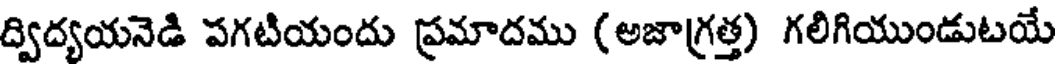
ద్విద్యయనెడి పగటియందు ప్రమాదము (అజాగ్రత్త) గలిగియుండుటయే